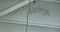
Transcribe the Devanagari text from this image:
चांदेकरांची